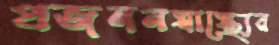
প্রজননস্বাস্থ্যের